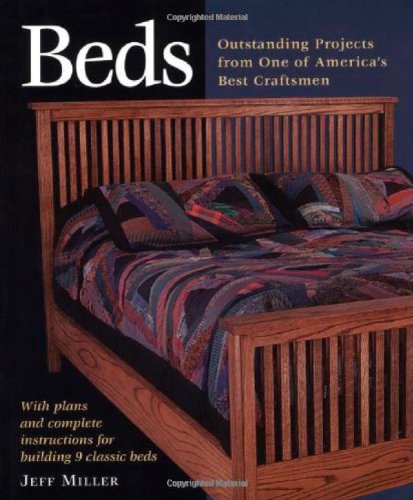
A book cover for Beds: Outstanding Projects from One of America's Best Craftsmen (Step-By-Step Furniture); Jeff Miller; Crafts, Hobbies & Home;